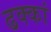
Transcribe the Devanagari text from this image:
ढक्कां